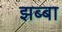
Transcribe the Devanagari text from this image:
झब्बा